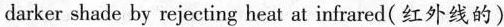
darker shade by rejecting heat at infrared(红外线的)